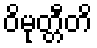
ဝိမုတ္တီတိ